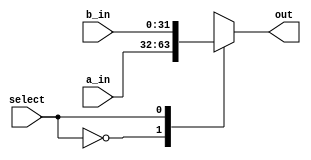
`timescale 1ns / 1ps
//////////////////////////////////////////////////////////////////////////////////
// Company: 
// Engineer: 
// 
// Design Name: 
// Module Name: mux
// Project Name: 
// Target Devices: 
// Tool Versions: 
// Description: 
// 
// Dependencies: 
// 
// Revision:
// Revision 0.01 - File Created
// Additional Comments:
// 
//////////////////////////////////////////////////////////////////////////////////


module mux(a_in, b_in, select, out);
input [31:0] a_in;
input [31:0] b_in;
input select;
output reg [31:0] out;

always@(a_in, b_in, select)

	case(select)
	    2'b0: out = a_in;
	    2'b1: out = b_in;
	default:
	   out = a_in;
	endcase
	
endmodule

/*module mux(
    input [31:0] in0, in1,
    input sel,
    output [31:0] out);

    assign out = sel ? in1 : in0;
endmodule*/